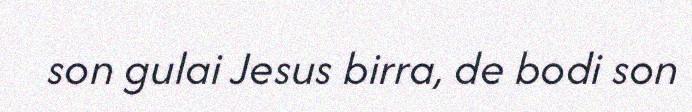
son gulai Jesus birra, de bodi son